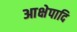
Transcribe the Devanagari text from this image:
आक्षेपादि